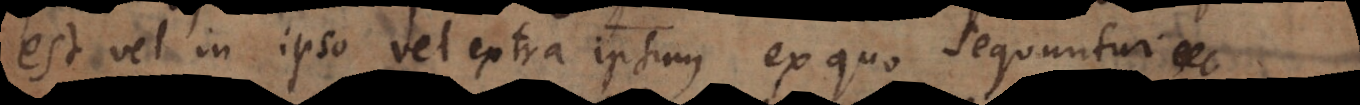
est vel in ipso vel extra ipsum ex quo sequuntur.